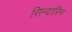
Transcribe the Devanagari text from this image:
सिन्दारिन